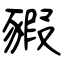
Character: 豭